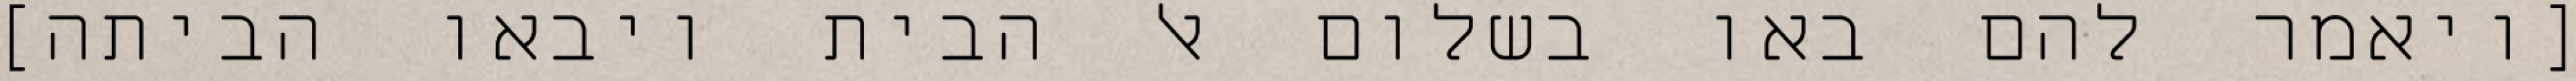
[ויאמר להם באו בשלום אל הבית ויבאו הביתה]